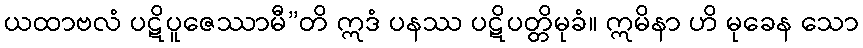
ယထာဗလံ ပဋိပူဇေဿာမီ”တိ ဣဒံ ပနဿ ပဋိပတ္တိမုခံ။ ဣမိနာ ဟိ မုခေန သော